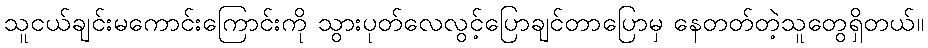
သူငယ်ချင်းမကောင်းကြောင်းကို သွားပုတ်လေလွင့်ပြောချင်တာပြောမှ နေတတ်တဲ့သူတွေရှိတယ်။